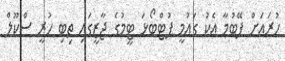
ހުރައަށް ފޭބުމާ އެކު ގައުމީ ފުޓްބޯޅަ ޓީމުގެ ޖާޒީގައި ތިބި ހުރީ ސްކޫލް